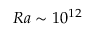
R a \sim 1 0 ^ { 1 2 }